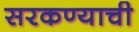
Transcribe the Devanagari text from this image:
सरकण्याची